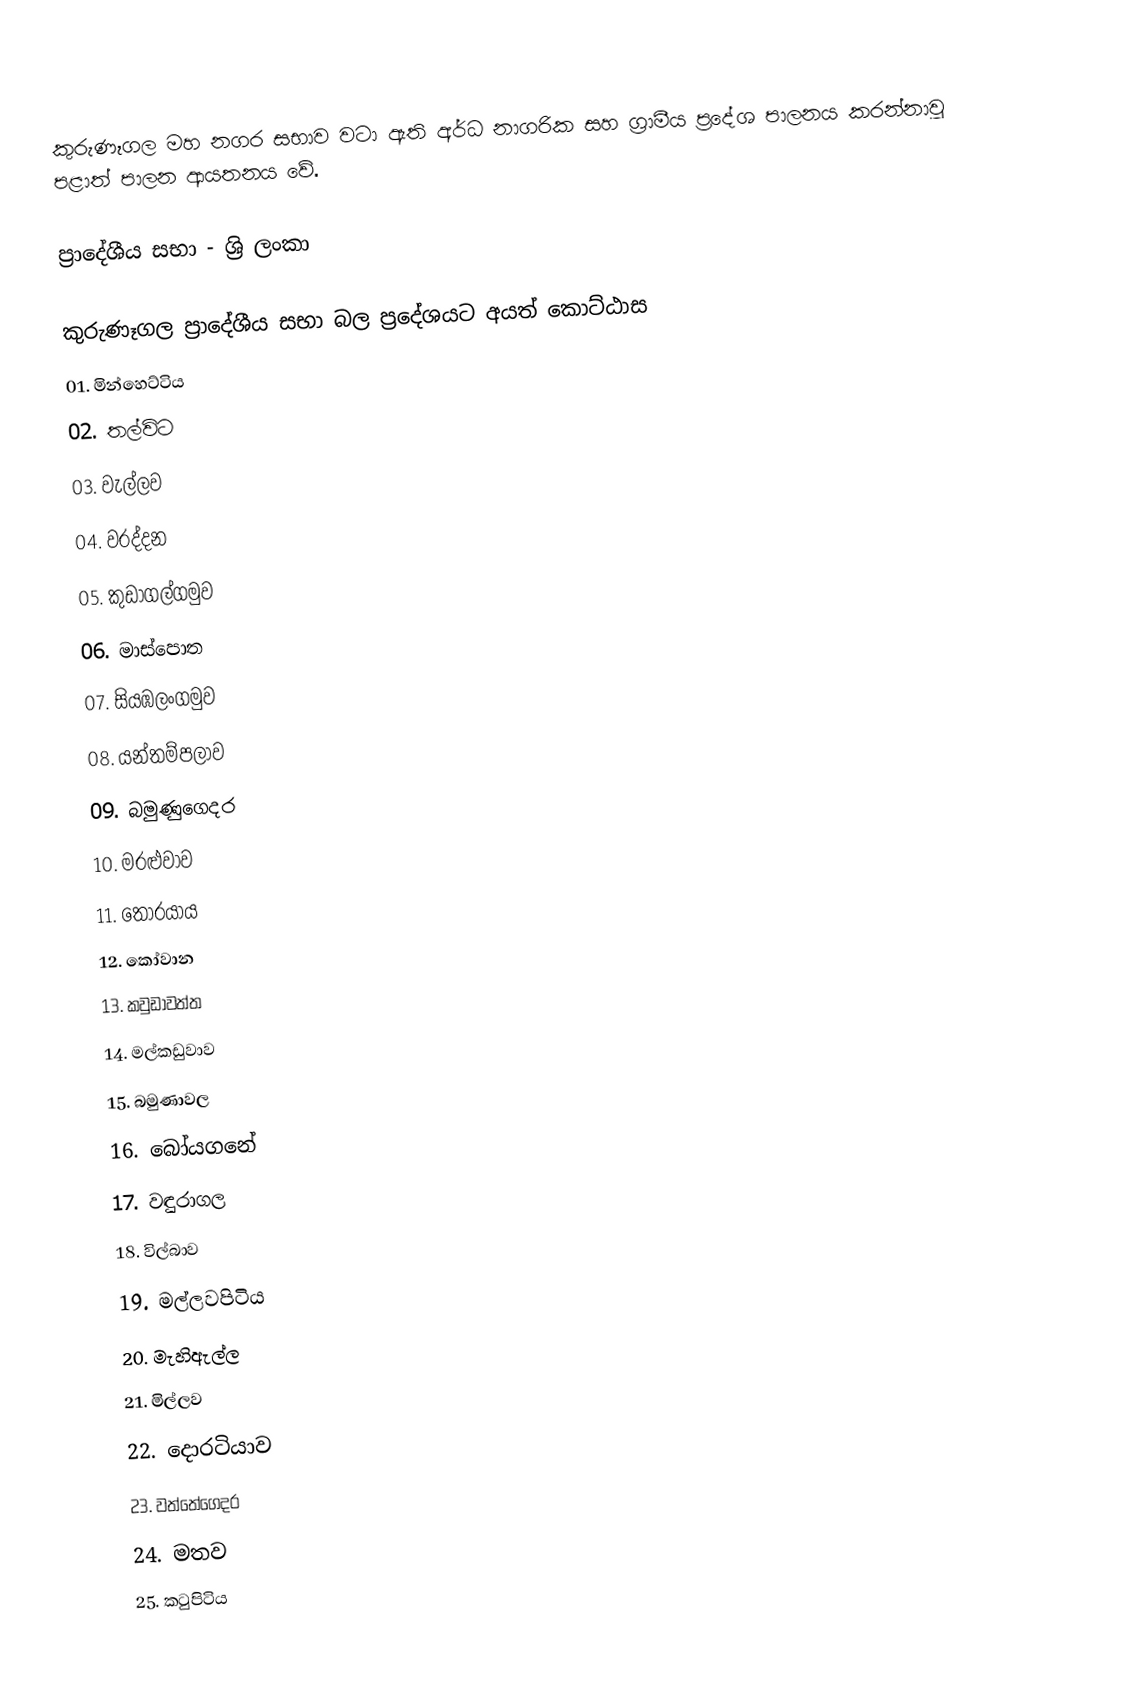
කුරුණෑගල මහ නගර සභාව වටා ඇති අර්ධ නාගරික සහ ග්‍රාමීය ප්‍රදේශ පාලනය කරන්නාවූ පළාත් පාලන ආයතනය වේ.

ප්‍රාදේශීය ස﻿භා - ශ්‍රි ලංකා

කුරුණෑගල ප්‍රාදේශීය සභා බල ප්‍රදේශයට අයත් කො‍ට්ඨාස
01. මින්හෙට්ටිය
02. තල්විට
03. වැල්ලව
04. වරද්දන
05. කුඩාගල්ගමුව
06. මාස්පොත
07. සියඹලංගමුව
08. යන්තම්පලාව
09. බමුණුගෙදර
10. මරළුවාව
11. තෝරයාය
12. කෝවාන
13. කවුඩාවත්ත
14. මල්කඩුවාව
15. බමුණාවල
16. බෝයගනේ
17. වඳුරාගල
18. විල්බාව
19. මල්ලවපිටිය
20. මැහිඇල්ල
21. මිල්ලව
22. දොරටියාව
23. වත්තේගෙදර
24. මතව
25. කටුපිටිය